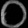
Digit: ၀